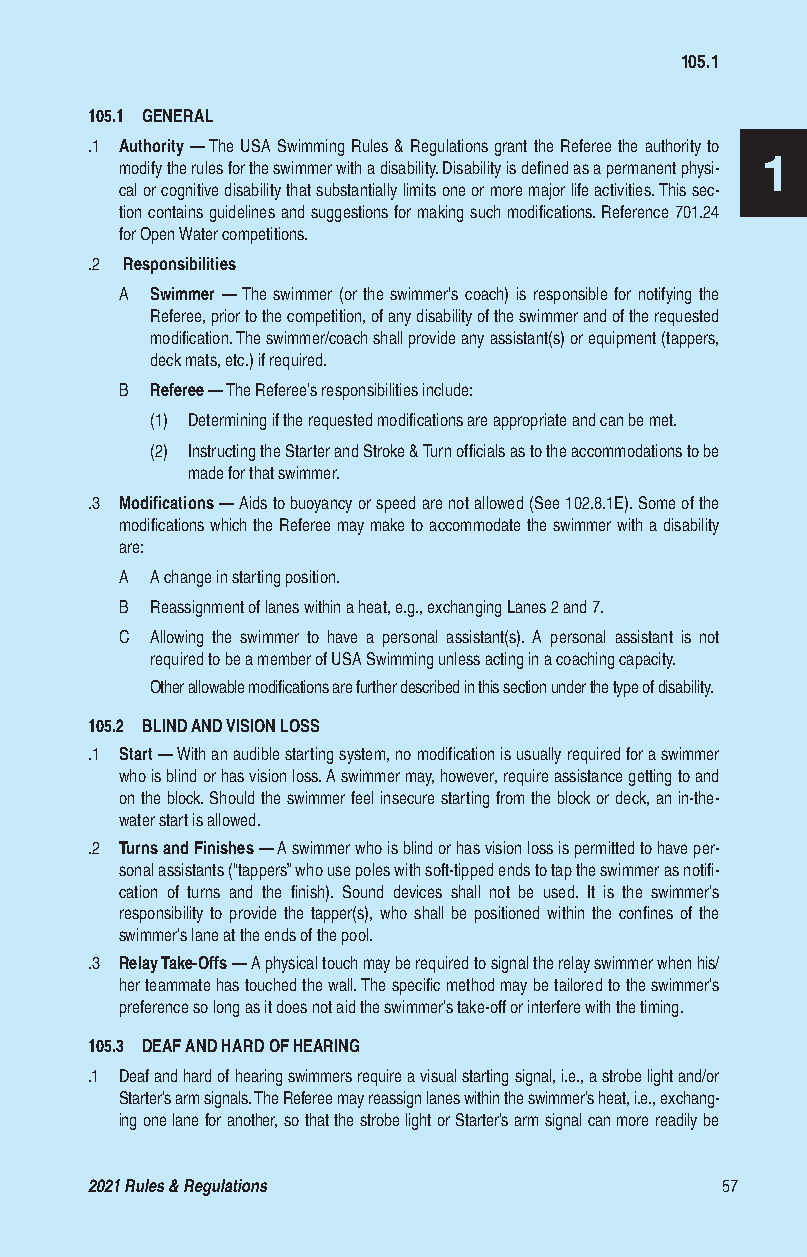
105.1
 105.1 GENERAL
 .1 Authority — The USA Swimming Rules & Regulations grant the Referee the authority to
 1
 modify the rules for the swimmer with a disability. Disability is defined as a permanent physi-
 cal or cognitive disability that substantially limits one or more major life activities. This sec-
 tion contains guidelines and suggestions for making such modifications. Reference 701.24
 for Open Water competitions.
 .2 Responsibilities
 A Swimmer — The swimmer (or the swimmer's coach) is responsible for notifying the
 Referee, prior to the competition, of any disability of the swimmer and of the requested
 modification. The swimmer/coach shall provide any assistant(s) or equipment (tappers,
 deck mats, etc.) if required.
 B Referee — The Referee’s responsibilities include:
 (1) Determining if the requested modifications are appropriate and can be met.
 (2) Instructing the Starter and Stroke & Turn officials as to the accommodations to be
 made for that swimmer.
 .3 Modifications — Aids to buoyancy or speed are not allowed (See 102.8.1E). Some of the
 modifications which the Referee may make to accommodate the swimmer with a disability
 are:
 A A change in starting position.
 B Reassignment of lanes within a heat, e.g., exchanging Lanes 2 and 7.
 C Allowing the swimmer to have a personal assistant(s). A personal assistant is not
 required to be a member of USA Swimming unless acting in a coaching capacity.
 Other allowable modifications are further described in this section under the type of disability.
 105.2 BLIND AND VISION LOSS
 .1 Start — With an audible starting system, no modification is usually required for a swimmer
 who is blind or has vision loss. A swimmer may, however, require assistance getting to and
 on the block. Should the swimmer feel insecure starting from the block or deck, an in-the-
 water start is allowed.
 .2 Turns and Finishes — A swimmer who is blind or has vision loss is permitted to have per-
 sonal assistants (“tappers” who use poles with soft-tipped ends to tap the swimmer as notifi-
 cation of turns and the finish). Sound devices shall not be used. It is the swimmer’s
 responsibility to provide the tapper(s), who shall be positioned within the confines of the
 swimmer’s lane at the ends of the pool.
 .3 Relay Take-Offs — A physical touch may be required to signal the relay swimmer when his/
 her teammate has touched the wall. The specific method may be tailored to the swimmer’s
 preference so long as it does not aid the swimmer’s take-off or interfere with the timing.
 105.3 DEAF AND HARD OF HEARING
 .1 Deaf and hard of hearing swimmers require a visual starting signal, i.e., a strobe light and/or
 Starter’s arm signals. The Referee may reassign lanes within the swimmer’s heat, i.e., exchang-
 ing one lane for another, so that the strobe light or Starter’s arm signal can more readily be
 2021 Rules & Regulations                  57